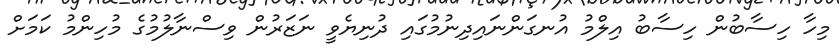
މިހާ ހިސާބުން ހިސާބު އިލްމު އުނގަންނައިދިނުމުގައި ދުނިޔެވީ ނަޒަރުން ވިސްނާލުމުގެ މުހިންމު ކަމަށް